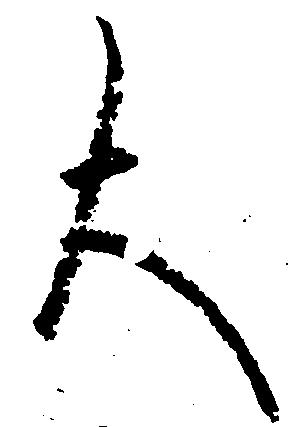
大